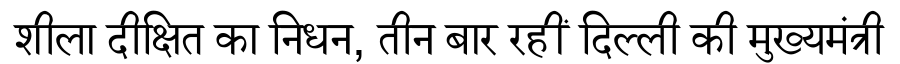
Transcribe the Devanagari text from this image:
शीला दीक्षित का निधन, तीन बार रहीं दिल्ली की मुख्यमंत्री